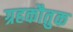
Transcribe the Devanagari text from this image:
ग्रहकौतुक